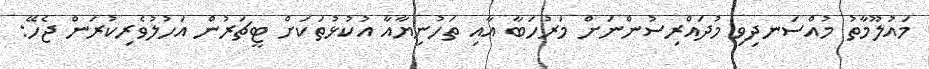
މައުލޫމާތު މުއްސަނދިވި މުދައްރިސުންނަށް މަރުހަބާ އާއި ތަހުނިޔާއާ އުކުޅުތަކަށް ޓީޗަރުން އަހުލުވެރިކުރަން ޖެހޭ: